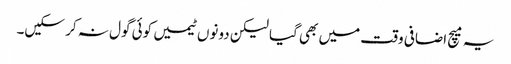
یہ میچ اضافی وقت میں بھی گیا لیکن دونوں ٹیمیں کوئی گول نہ کر سکیں۔